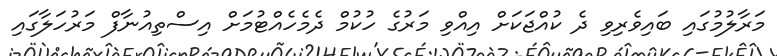
މަރާލުމުގައި ބައިވެރިވި ދެ ކުއްޖަކަށް އިއްވި މަރުގެ ހުކުމް ދެމެހެއްޓުމަށް އިސްތިއުނާފް މަރުހަލާގައި